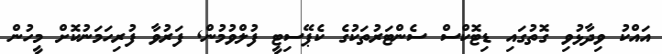
އައްކު ވިދާޅުވި ގޮތުގައި ޑިޓޮކްސް ސެންޓަރުތަކުގެ ކެޕޭސިޓީ ފުލްވުމުން